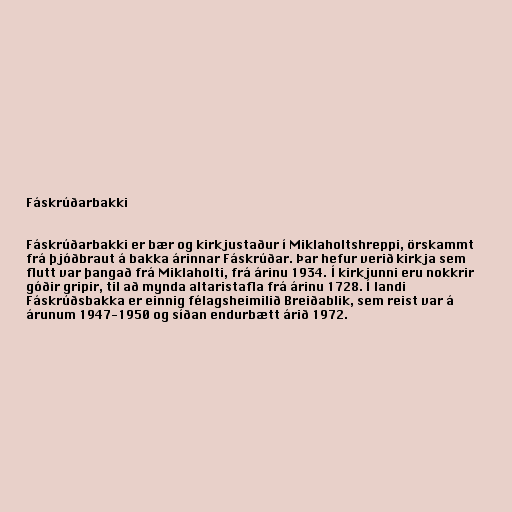
Fáskrúðarbakki

Fáskrúðarbakki er bær og kirkjustaður í Miklaholtshreppi, örskammt
frá þjóðbraut á bakka árinnar Fáskrúðar. Þar hefur verið kirkja sem
flutt var þangað frá Miklaholti, frá árinu 1934. Í kirkjunni eru nokkrir
góðir gripir, til að mynda altaristafla frá árinu 1728. Í landi
Fáskrúðsbakka er einnig félagsheimilið Breiðablik, sem reist var á
árunum 1947-1950 og síðan endurbætt árið 1972.